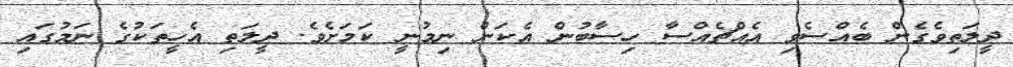
ދީލަތިވެގެން ބެއްސެވި އެއްޗެއްސާ ހިސާބުން އެކަން ނިމުނީ ކަމަށެވެ. ދީލަތި އެހީތަކުުގެ ނަމުގައި